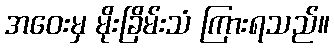
အဝေးမှ မိုးခြိမ်းသံ ကြားရသည်။